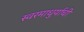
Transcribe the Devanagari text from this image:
स्वरमाधुर्याची